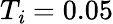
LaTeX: T_{\mathit{i}}=0.05